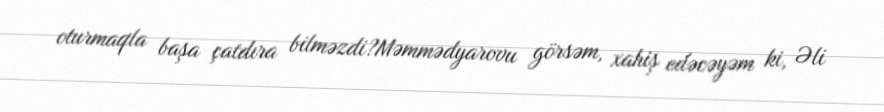
oturmaqla başa çatdıra bilməzdi?Məmmədyarovu görsəm, xahiş edəcəyəm ki, Əli